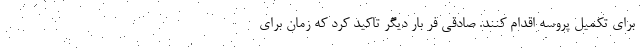
برای تکمیل پروسه اقدام کنند. صادقی فر بار دیگر تاکید کرد که زمان برای